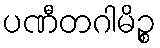
ပဏီတဂါမိဉ္စ